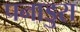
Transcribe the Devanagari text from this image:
पनाडुरा